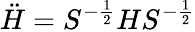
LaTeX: \ddot{H}=S^{-\frac{1}{2}}HS^{-\frac{1}{2}}